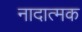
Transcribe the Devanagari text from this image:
नादात्मक